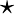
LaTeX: \mathbf{\star}